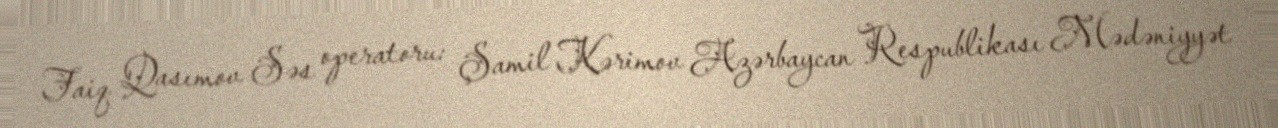
Faiq Qasımov Səs operatoru: Şamil Kərimov Azərbaycan Respublikası Mədəniyyət